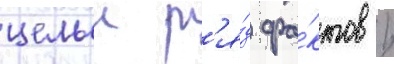
целыи р'я́д фа́ктов /